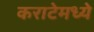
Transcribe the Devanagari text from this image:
कराटेमध्ये